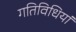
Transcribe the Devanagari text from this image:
गतिविधियां